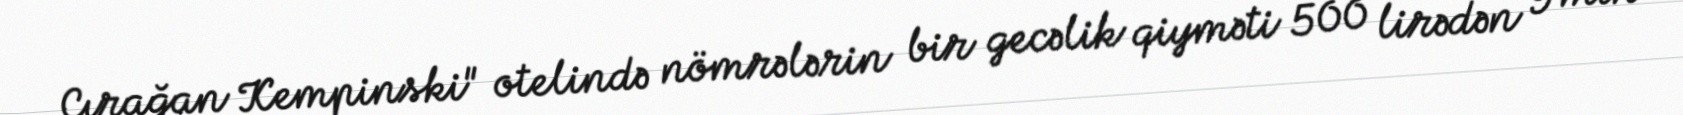
Çırağan Kempinski" otelində nömrələrin bir gecəlik qiyməti 500 lirədən 9 min